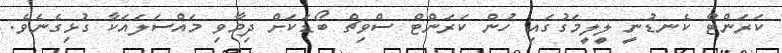
ކަރަންޓް ކެނޑުނީ ލީލީމަގުގައި ހުން ކަރަންޓް ސްވިޗް ބޯޑަކަށް ދިމާވި މައްސަލައަކާ ގުޅިގެނެވެ.